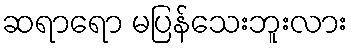
ဆရာရော မပြန်သေးဘူးလား